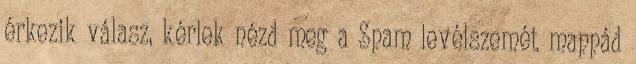
érkezik válasz, kérlek nézd meg a Spam levélszemét mappád